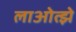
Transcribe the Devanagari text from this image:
लाओत्झे